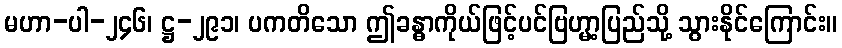
မဟာ-ပါ-၂၄၆၊ ဋ္ဌ-၂၉၁၊ ပကတိသော ဤခန္ဓာကိုယ်ဖြင့်ပင်ဗြဟ္မာ့ပြည်သို့ သွားနိုင်ကြောင်း။